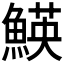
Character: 𩹅